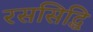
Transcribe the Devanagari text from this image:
रससिद्धि